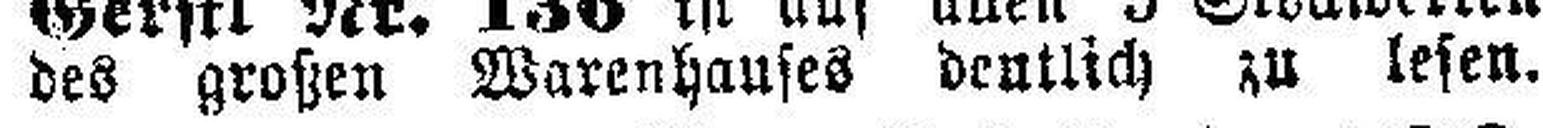
des großen Warenhauses deutlich zu lesen.